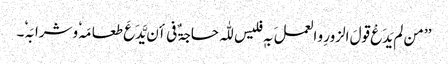
’’ من لم یَدَعْ قولَ الزورِ و العملَ بہٖ فلیس للّٰہ حاجۃٌ فی أن یَّدَعَ طعامَہٗ وشرابَہٗ۔